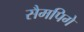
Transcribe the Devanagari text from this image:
सैमपिगे